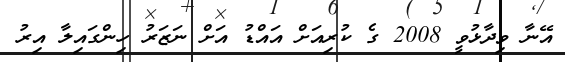
އޭނާ ވިދާޅުވީ 2008 ގެ ކުރިއަށް އައްޑު އަށް ނަޒަރު ހިންގައިލާ އިރު